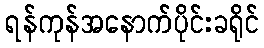
ရန်ကုန်အနောက်ပိုင်းခရိုင်